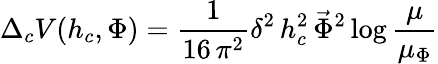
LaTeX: \Delta_{c}V(h_{c},\Phi)=\frac{1}{16\, \pi^{2}}\delta^{2}\, h_{c}^{2}\, \vec{\Phi}^{2}\log\frac{\mu}{\mu_{\Phi}}